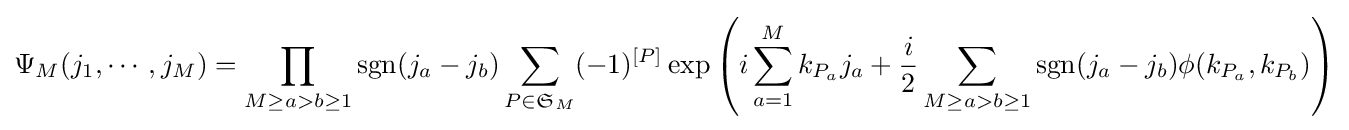
\Psi _{M}(j_{1},\cdots ,j_{M})=\prod _{M\geq a>b\geq 1}\operatorname {sgn} (j_{a}-j_{b})\sum _{P\in {\mathfrak {S}}_{M}}(-1)^{[P]}\exp \left(i\sum _{a=1}^{M}k_{P_{a}}j_{a}+{\frac {i}{2}}\sum _{M\geq a>b\geq 1}\operatorname {sgn} (j_{a}-j_{b})\phi (k_{P_{a}},k_{P_{b}})\right)